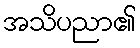
အသိပညာ၏